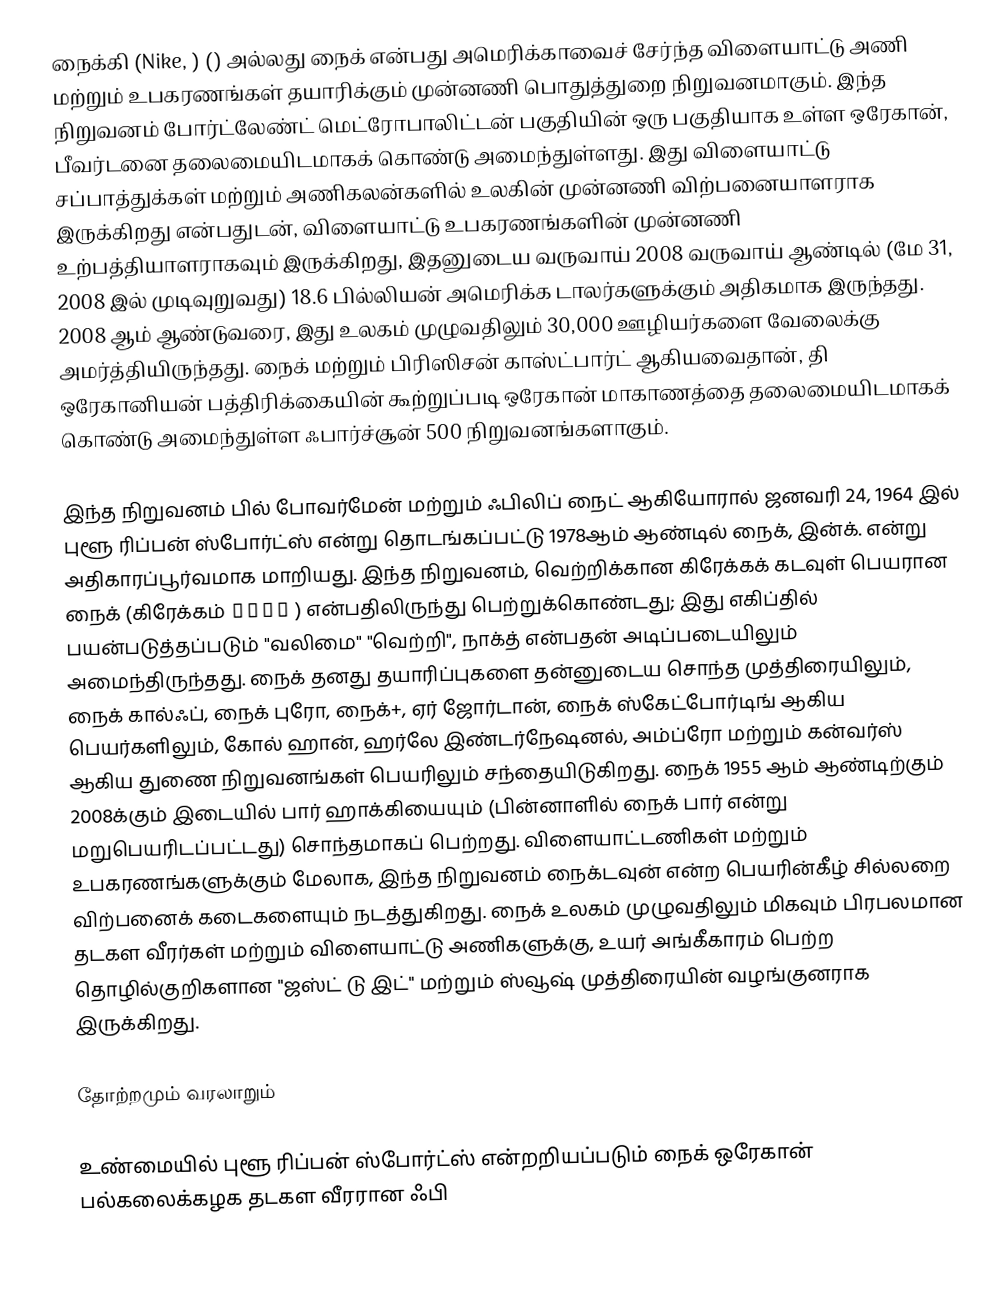
நைக்கி (Nike, ) () அல்லது நைக் என்பது அமெரிக்காவைச் சேர்ந்த விளையாட்டு அணி மற்றும் உபகரணங்கள் தயாரிக்கும் முன்னணி பொதுத்துறை நிறுவனமாகும். இந்த நிறுவனம் போர்ட்லேண்ட் மெட்ரோபாலிட்டன் பகுதியின் ஒரு பகுதியாக உள்ள ஒரேகான், பீவர்டனை தலைமையிடமாகக் கொண்டு அமைந்துள்ளது. இது விளையாட்டு சப்பாத்துக்கள் மற்றும் அணிகலன்களில் உலகின் முன்னணி விற்பனையாளராக இருக்கிறது என்பதுடன், விளையாட்டு உபகரணங்களின் முன்னணி உற்பத்தியாளராகவும் இருக்கிறது, இதனுடைய வருவாய் 2008 வருவாய் ஆண்டில் (மே 31, 2008 இல் முடிவுறுவது) 18.6 பில்லியன் அமெரிக்க டாலர்களுக்கும் அதிகமாக இருந்தது. 2008 ஆம் ஆண்டுவரை, இது உலகம் முழுவதிலும் 30,000 ஊழியர்களை வேலைக்கு அமர்த்தியிருந்தது. நைக் மற்றும் பிரிஸிசன் காஸ்ட்பார்ட் ஆகியவைதான், தி ஒரேகானியன் பத்திரிக்கையின் கூற்றுப்படி ஒரேகான் மாகாணத்தை தலைமையிடமாகக் கொண்டு அமைந்துள்ள ஃபார்ச்சூன் 500 நிறுவனங்களாகும்.

இந்த நிறுவனம் பில் போவர்மேன் மற்றும் ஃபிலிப் நைட் ஆகியோரால் ஜனவரி 24, 1964 இல் புளூ ரிப்பன் ஸ்போர்ட்ஸ் என்று தொடங்கப்பட்டு 1978ஆம் ஆண்டில் நைக், இன்க். என்று அதிகாரப்பூர்வமாக மாறியது. இந்த நிறுவனம், வெற்றிக்கான கிரேக்கக் கடவுள் பெயரான நைக் (கிரேக்கம் Νίκη ) என்பதிலிருந்து பெற்றுக்கொண்டது; இது எகிப்தில் பயன்படுத்தப்படும் "வலிமை" "வெற்றி", நாக்த் என்பதன் அடிப்படையிலும் அமைந்திருந்தது. நைக் தனது தயாரிப்புகளை தன்னுடைய சொந்த முத்திரையிலும், நைக் கால்ஃப், நைக் புரோ, நைக்+, ஏர் ஜோர்டான், நைக் ஸ்கேட்போர்டிங் ஆகிய பெயர்களிலும், கோல் ஹான், ஹர்லே இண்டர்நேஷனல், அம்ப்ரோ மற்றும் கன்வர்ஸ் ஆகிய துணை நிறுவனங்கள் பெயரிலும் சந்தையிடுகிறது. நைக் 1955 ஆம் ஆண்டிற்கும் 2008க்கும் இடையில் பார் ஹாக்கியையும் (பின்னாளில் நைக் பார் என்று மறுபெயரிடப்பட்டது) சொந்தமாகப் பெற்றது. விளையாட்டணிகள் மற்றும் உபகரணங்களுக்கும் மேலாக, இந்த நிறுவனம் நைக்டவுன் என்ற பெயரின்கீழ் சில்லறை விற்பனைக் கடைகளையும் நடத்துகிறது. நைக் உலகம் முழுவதிலும் மிகவும் பிரபலமான தடகள வீரர்கள் மற்றும் விளையாட்டு அணிகளுக்கு, உயர் அங்கீகாரம் பெற்ற தொழில்குறிகளான "ஜஸ்ட் டு இட்" மற்றும் ஸ்வூஷ் முத்திரையின் வழங்குனராக இருக்கிறது.

தோற்றமும் வரலாறும்

உண்மையில் புளூ ரிப்பன் ஸ்போர்ட்ஸ் என்றறியப்படும் நைக் ஒரேகான் பல்கலைக்கழக தடகள வீரரான ஃபி